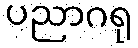
ပညာဂရု